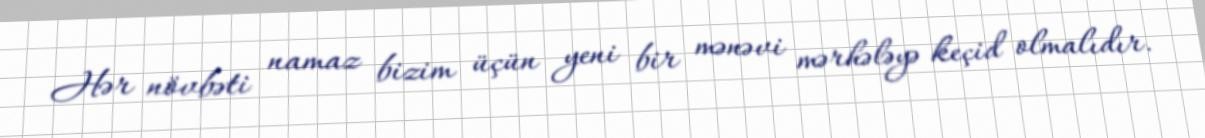
Hər növbəti namaz bizim üçün yeni bir mənəvi mərhələyə keçid olmalıdır.